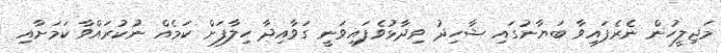
މަޖިލީހުން ނެރެފައިވާ ބަޔާނުގައި ޝާހިދު ވިދާޅުވެފައިވަނީ ގަވާއިދާ ހިލާފަށް ކަމެއް ނުކުރައްވާ ކަމަށާއި